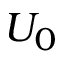
U _ { 0 }